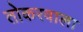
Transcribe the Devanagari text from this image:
तोकरवाला